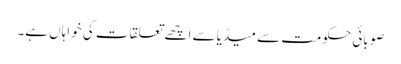
صوبائی حکومت سے میڈیا سے اچھے تعلقات کی خواہاں ہے۔